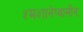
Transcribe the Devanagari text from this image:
श्मशानेष्वासीनः